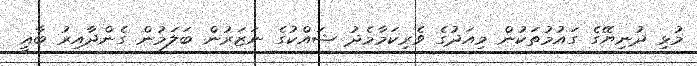
މުޅި ދުނިޔޭގެ ގައުމުތަކުން މިއަދުގެ ވެރިކަމާމެދު ޝައްކުގެ ނަޒަރުން ބަލަމުން ގެންދާއިރު ބާޣީ